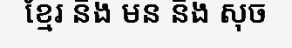
ខ្មែរ និង មន និង សុច